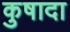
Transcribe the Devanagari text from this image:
कुषादा